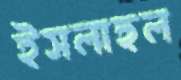
ইসলাহুল